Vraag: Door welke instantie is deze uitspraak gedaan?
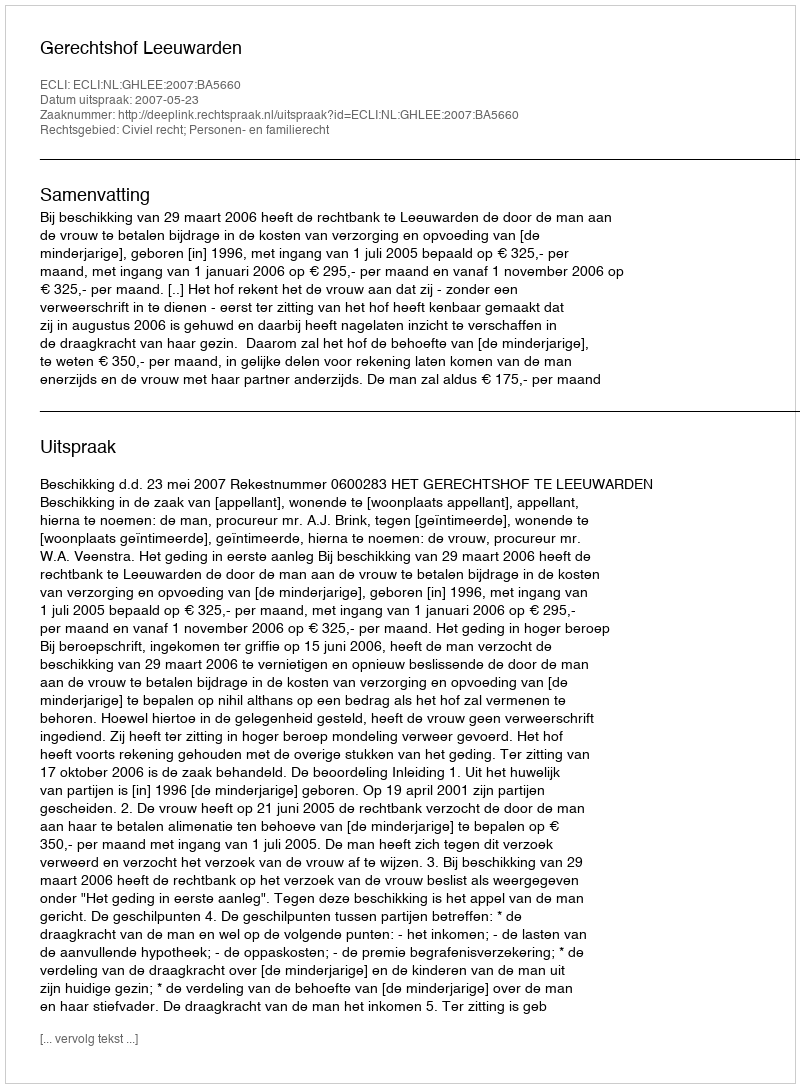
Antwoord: Gerechtshof Leeuwarden